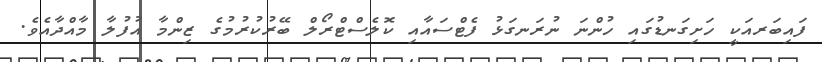
ފައިބަރއަކީ ހަށިގަނޑުގައި ހުންނަ ނުރަނގަޅު ފެޓްސައާއި ކޮލެސްޓްރޯލް ބޭރުކުރުމުގެ ޒިންމާ އުފުލާ މާއްދާއެވެ.